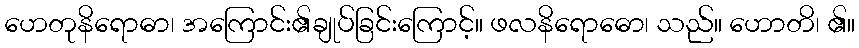
ဟေတုနိရောဓာ၊ အကြောင်း၏ချုပ်ခြင်းကြောင့်။ ဖလနိရောဓော၊ သည်။ ဟောတိ၊ ၏။